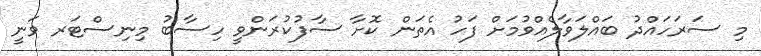
މި ސަރަހައްދު ބައްލަވާލެއްވުމަށް ފަހު އެތަން ކޮށާ ސާފުކުރަންވީ ހިސާބު މިނިސްޓަރ ވަނީ